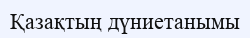
Қазақтың дүниетанымы